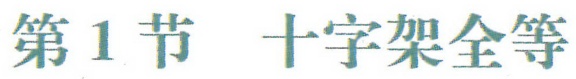
第1节  十字架全等